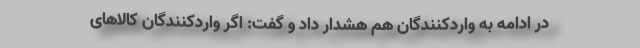
در ادامه به واردکنندگان هم هشدار داد و گفت: اگر واردکنندگان کالاهای